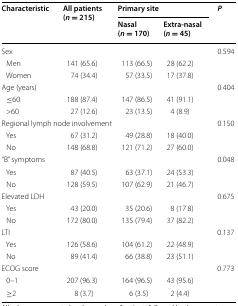
<table><thead><tr><td rowspan="2"><b>Characteristic</b></td><td rowspan="2"><b>All patients (<i>n</i> = 215)</b></td><td colspan="2"><b>Primary site</b></td><td rowspan="2"><b><i>P</i></b></td></tr><tr><td><b>Nasal (<i>n</i> = 170)</b></td><td><b>Extra-nasal (<i>n</i> = 45)</b></td></tr></thead><tbody><tr><td>Sex</td><td colspan="3"></td><td>0.594</td></tr><tr><td> Men</td><td>141 (65.6)</td><td>113 (66.5)</td><td>28 (62.2)</td><td></td></tr><tr><td> Women</td><td>74 (34.4)</td><td>57 (33.5)</td><td>17 (37.8)</td><td></td></tr><tr><td colspan="4">Age (years)</td><td>0.404</td></tr><tr><td> ≤60</td><td>188 (87.4)</td><td>147 (86.5)</td><td>41 (91.1)</td><td></td></tr><tr><td> &gt;60</td><td>27 (12.6)</td><td>23 (13.5)</td><td>4 (8.9)</td><td></td></tr><tr><td colspan="4">Regional lymph node involvement</td><td>0.150</td></tr><tr><td> Yes</td><td>67 (31.2)</td><td>49 (28.8)</td><td>18 (40.0)</td><td></td></tr><tr><td> No</td><td>148 (68.8)</td><td>121 (71.2)</td><td>27 (60.0)</td><td></td></tr><tr><td>“B” symptoms</td><td></td><td></td><td></td><td>0.048</td></tr><tr><td> Yes</td><td>87 (40.5)</td><td>63 (37.1)</td><td>24 (53.3)</td><td></td></tr><tr><td> No</td><td>128 (59.5)</td><td>107 (62.9)</td><td>21 (46.7)</td><td></td></tr><tr><td colspan="4">Elevated LDH</td><td>0.675</td></tr><tr><td> Yes</td><td>43 (20.0)</td><td>35 (20.6)</td><td>8 (17.8)</td><td></td></tr><tr><td> No</td><td>172 (80.0)</td><td>135 (79.4)</td><td>37 (82.2)</td><td></td></tr><tr><td colspan="4">LTI</td><td>0.137</td></tr><tr><td> Yes</td><td>126 (58.6)</td><td>104 (61.2)</td><td>22 (48.9)</td><td></td></tr><tr><td> No</td><td>89 (41.4)</td><td>66 (38.8)</td><td>23 (51.1)</td><td></td></tr><tr><td colspan="4">ECOG score</td><td>0.773</td></tr><tr><td> 0–1</td><td>207 (96.3)</td><td>164 (96.5)</td><td>43 (95.6)</td><td></td></tr><tr><td> ≥2</td><td>8 (3.7)</td><td>6 (3.5)</td><td>2 (4.4)</td><td></td></tr></tbody></table>